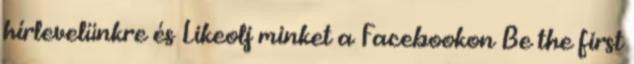
hírlevelünkre és Likeolj minket a Facebookon Be the first